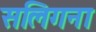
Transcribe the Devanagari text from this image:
सलिगना